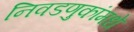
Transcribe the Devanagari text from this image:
निवडणुकांमधे